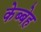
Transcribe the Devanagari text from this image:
केब्बेह